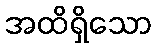
အထိရှိသော